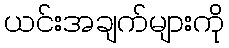
ယင်းအချက်များကို